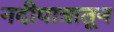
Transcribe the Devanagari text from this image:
नदीपात्रातून